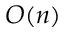
O ( n )